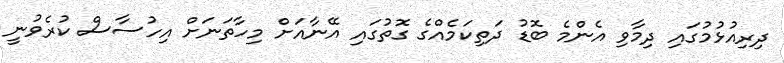
ދިރިއުޅުމުގައި ދިމާވި އެންމެ ބޮޑު ދަތިކަމެއްގެ ގޮތުގައި އޭނާއަށް މިހާތަނަށް އިހުސާސް ކުރެވުނީ